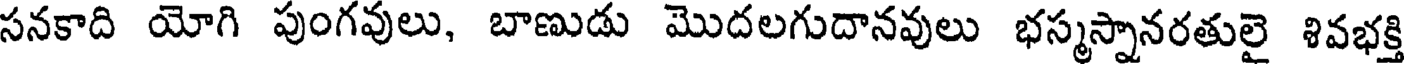
సనకాది యోగి పుంగవులు, బాణుడు మొదలగుదానవులు భస్మస్నానరతులై శివభక్తి